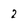
Character: 2